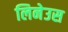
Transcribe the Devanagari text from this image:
लिनेउस